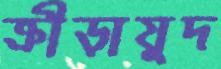
ক্রীড়াযুদ